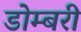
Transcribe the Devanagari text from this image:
डोम्‍बरी